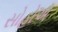
સોહોએ